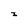
Character: I